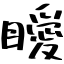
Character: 瞹